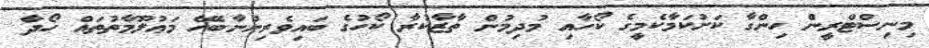
މިނިސްޓްރީން ހިންގާ ކަށުކަމާކެމީގެ ކޯހާއި މުދިމުން ތާޒާކުރާ ކޯހުގެ ބައިވެރިންނާބެހޭ މަޢުލޫމާތުތައް ހޯދާ